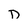
Character: D